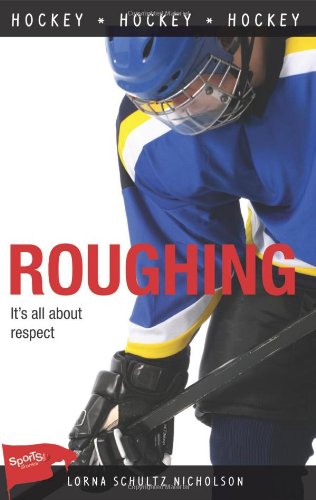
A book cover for Roughing (Lorimer Sports Stories); Lorna Schultz Nicholson; Children's Books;